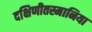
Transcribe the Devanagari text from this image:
दक्षिणीतस्मानिया